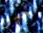
حيز